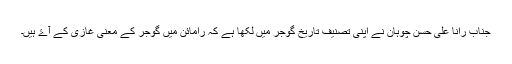
جناب رانا علی حسن چوہان نے اپنی تصنیف تاریخ گوجر میں لکھا ہے کہ رامائن میں گوجر کے معنی غازی کے آۓ ہیں۔